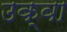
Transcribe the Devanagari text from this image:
उक्वा